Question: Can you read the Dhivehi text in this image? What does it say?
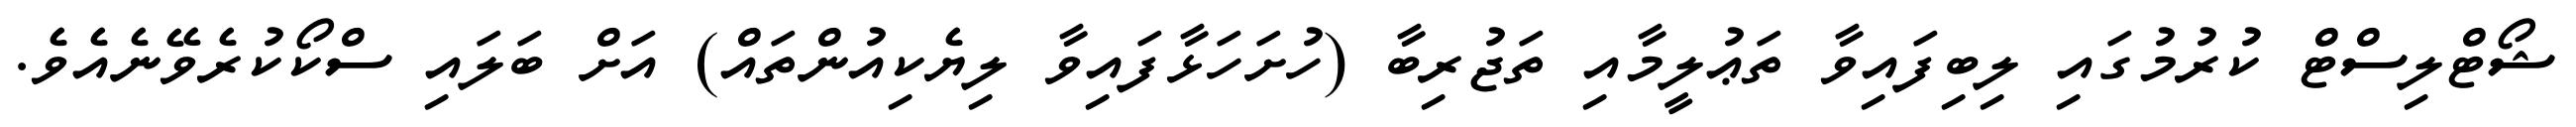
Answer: ޝޯޓްލިސްޓް ކުރުމުގައި ލިބިފައިވާ ތަޢުލީމާއި ތަޖުރިބާ (ހުށަހަޅާފައިވާ ލިޔެކިއުންތައް) އަށް ބަލައި ސްކޯކުރެވޭނެއެވެ.